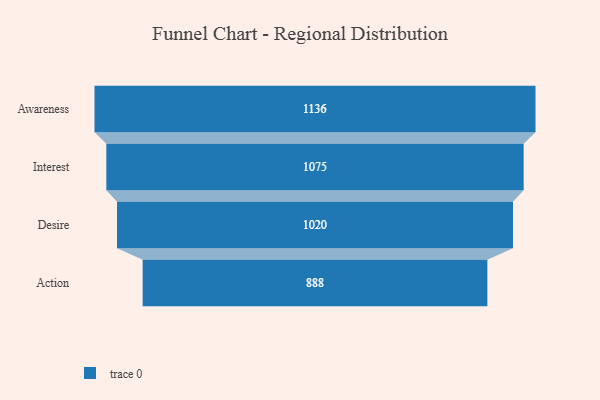
{"axis": {"x": "Stage", "y": "Value"}, "legend": [""], "data": [{"x": "Awareness", "y": 1136.0, "type": ""}, {"x": "Interest", "y": 1075.0, "type": ""}, {"x": "Desire", "y": 1020.0, "type": ""}, {"x": "Action", "y": 888.0, "type": ""}]}